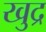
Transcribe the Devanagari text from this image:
खुद्र